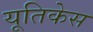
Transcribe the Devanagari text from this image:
यूतिकेस